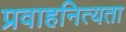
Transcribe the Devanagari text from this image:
प्रवाहनित्यता